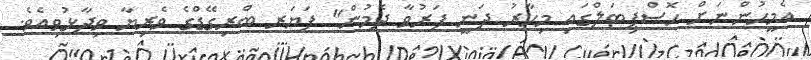
އެމީހުންނަށް ހޮސްޕިޓަލްގައި މިހާރު ދަނީ ފަރުވާ ދެމުން" ފަޔަރ ބްރިގޭޑްގެ ވެރިޔާ ވިދާޅުވިއެވެ.